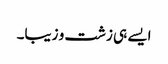
ایسے ہی زشت و زیبا۔